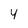
Character: 4